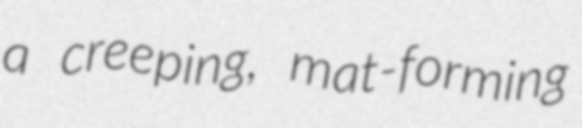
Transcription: a creeping, mat-forming